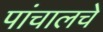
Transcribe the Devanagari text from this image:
पांचालचे